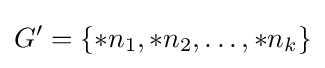
G'=\{*n_{1},*n_{2},\ldots ,*n_{k}\}